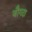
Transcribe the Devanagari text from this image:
जौगदा